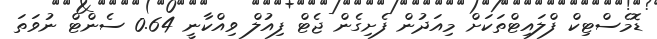
ޑޮމެސްޓިކް ފްލައިޓްތަކަށް މިއަދުން ފެށިގެން ޖެޓް ފިއުލް ވިއްކާނީ 0.64 ސެންޓް ނުވަތަ